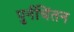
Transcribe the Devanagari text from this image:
पुर्नचिंतन